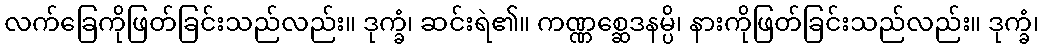
လက်ခြေကိုဖြတ်ခြင်းသည်လည်း။ ဒုက္ခံ၊ ဆင်းရဲ၏။ ကဏ္ဏစ္ဆေဒနမ္ပိ၊ နားကိုဖြတ်ခြင်းသည်လည်း။ ဒုက္ခံ၊